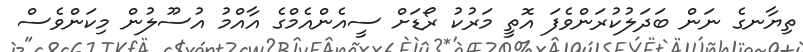
ތިޔާނގެ ނަން ބަދަލުކުރަންވެފަ އޮތީ މަރުކު ރޯޑަށް ސީއެންއެމްގެ އާއްމު އުސޫލުން މިކަންވެސް